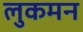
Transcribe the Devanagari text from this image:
लुकमन